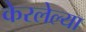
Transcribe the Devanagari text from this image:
केरलेल्या